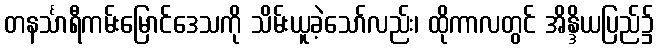
တနင်္သာရီကမ်းမြောင်ဒေသကို သိမ်းယူခဲ့သော်လည်း၊ ထိုကာလတွင် အိန္ဒိယပြည်၌